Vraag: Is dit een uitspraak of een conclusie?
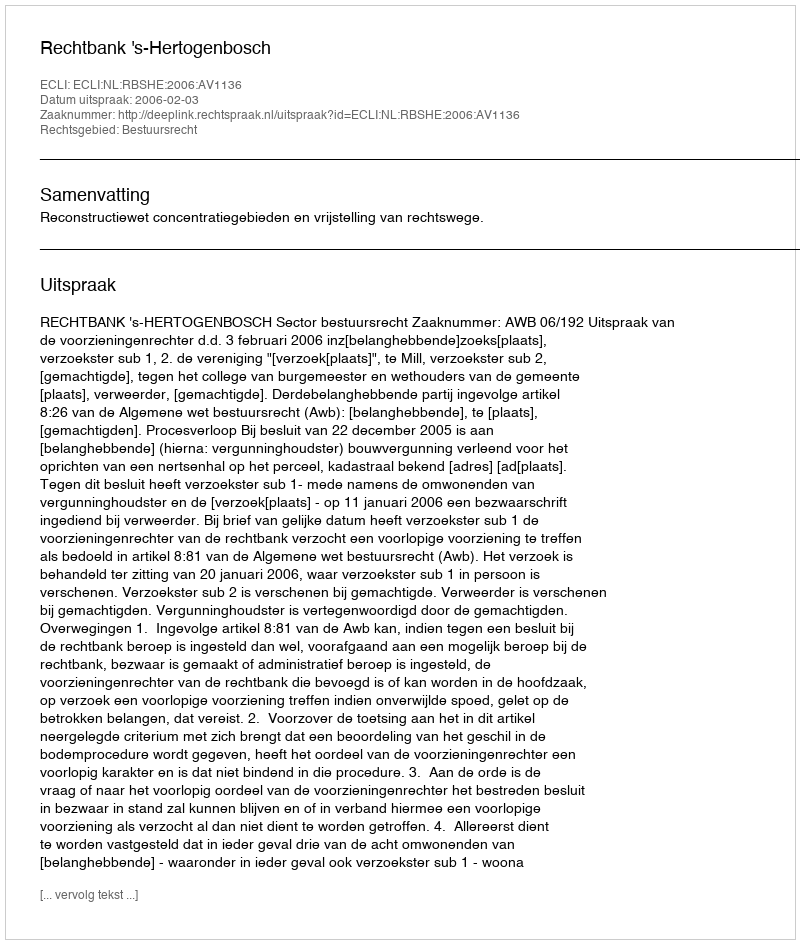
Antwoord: Uitspraak